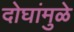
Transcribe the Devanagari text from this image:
दोघांमुळे